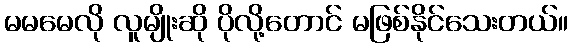
မမမေလို လူမျိုးဆို ပိုလို့တောင် မဖြစ်နိုင်သေးတယ်။